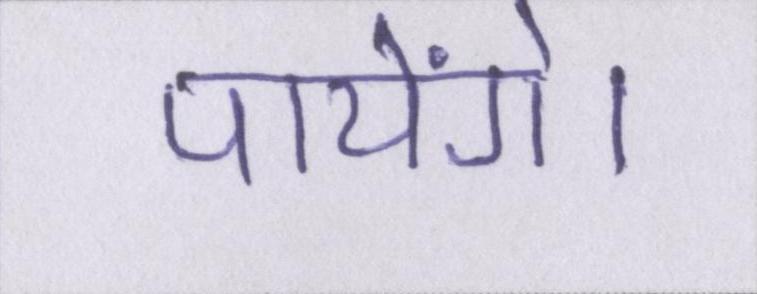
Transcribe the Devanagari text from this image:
पायेंगे।